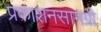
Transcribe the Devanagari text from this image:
प्रकाशनसामग्री